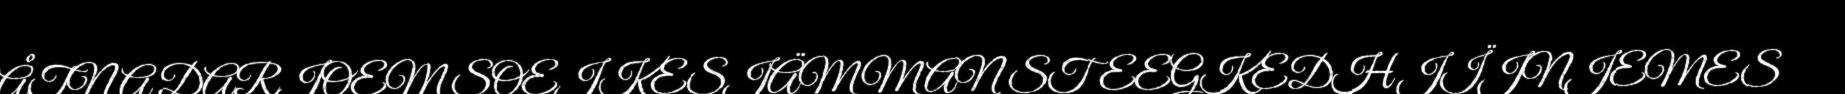
ÅTNA DARJOEM SOEJKESJÄMMAN STEEGKEDH JÏJNJEMES